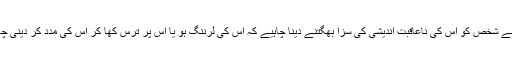
تو ایسے شخص کو اس کی ناعاقبت اندیشی کی سزا بھگتنے دینا چاہیے کہ اس کی لرننگ ہو یا اس پر ترس کھا کر اس کی مدد کر دینی چاہیے؟